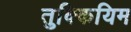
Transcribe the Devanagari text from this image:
तुक्कियिम